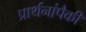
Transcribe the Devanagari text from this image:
प्रार्थनांपैकी